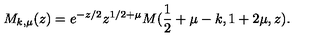
M _ { k , \mu } ( z ) = e ^ { - z / 2 } z ^ { 1 / 2 + \mu } M ( \frac { 1 } { 2 } + \mu - k , 1 + 2 \mu , z ) .